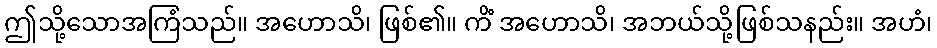
ဤသို့သောအကြံသည်။ အဟောသိ၊ ဖြစ်၏။ ကိံ အဟောသိ၊ အဘယ်သို့ဖြစ်သနည်း။ အဟံ၊